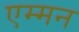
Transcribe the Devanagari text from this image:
एम्मन